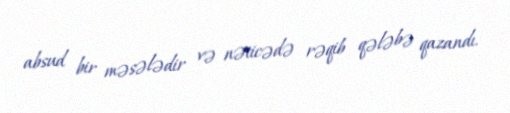
absud bir məsələdir və nəticədə rəqib qələbə qazandı.